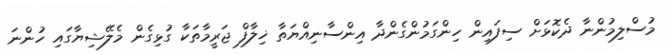
މުސްލިމުންނާ ދެކޮޅަށް ސިފައިން ހިންގަމުންގެންދާ އިންސާނިއްޔަތާ ޚިލާފް ޖަރީމާތަކާ ގުޅިގެން މެލޭޝިޔާގައި ހުންނަ